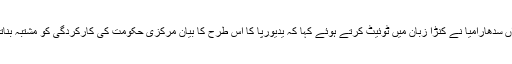
بعد ازاں سدھارامیا نے کنڑا زبان میں ٹوئیٹ کرتے ہوئے کہا کہ یدیورپا کا اس طرح کا بیان مرکزی حکومت کی کارکردگی کو مشتبہ بناتا ہے ۔